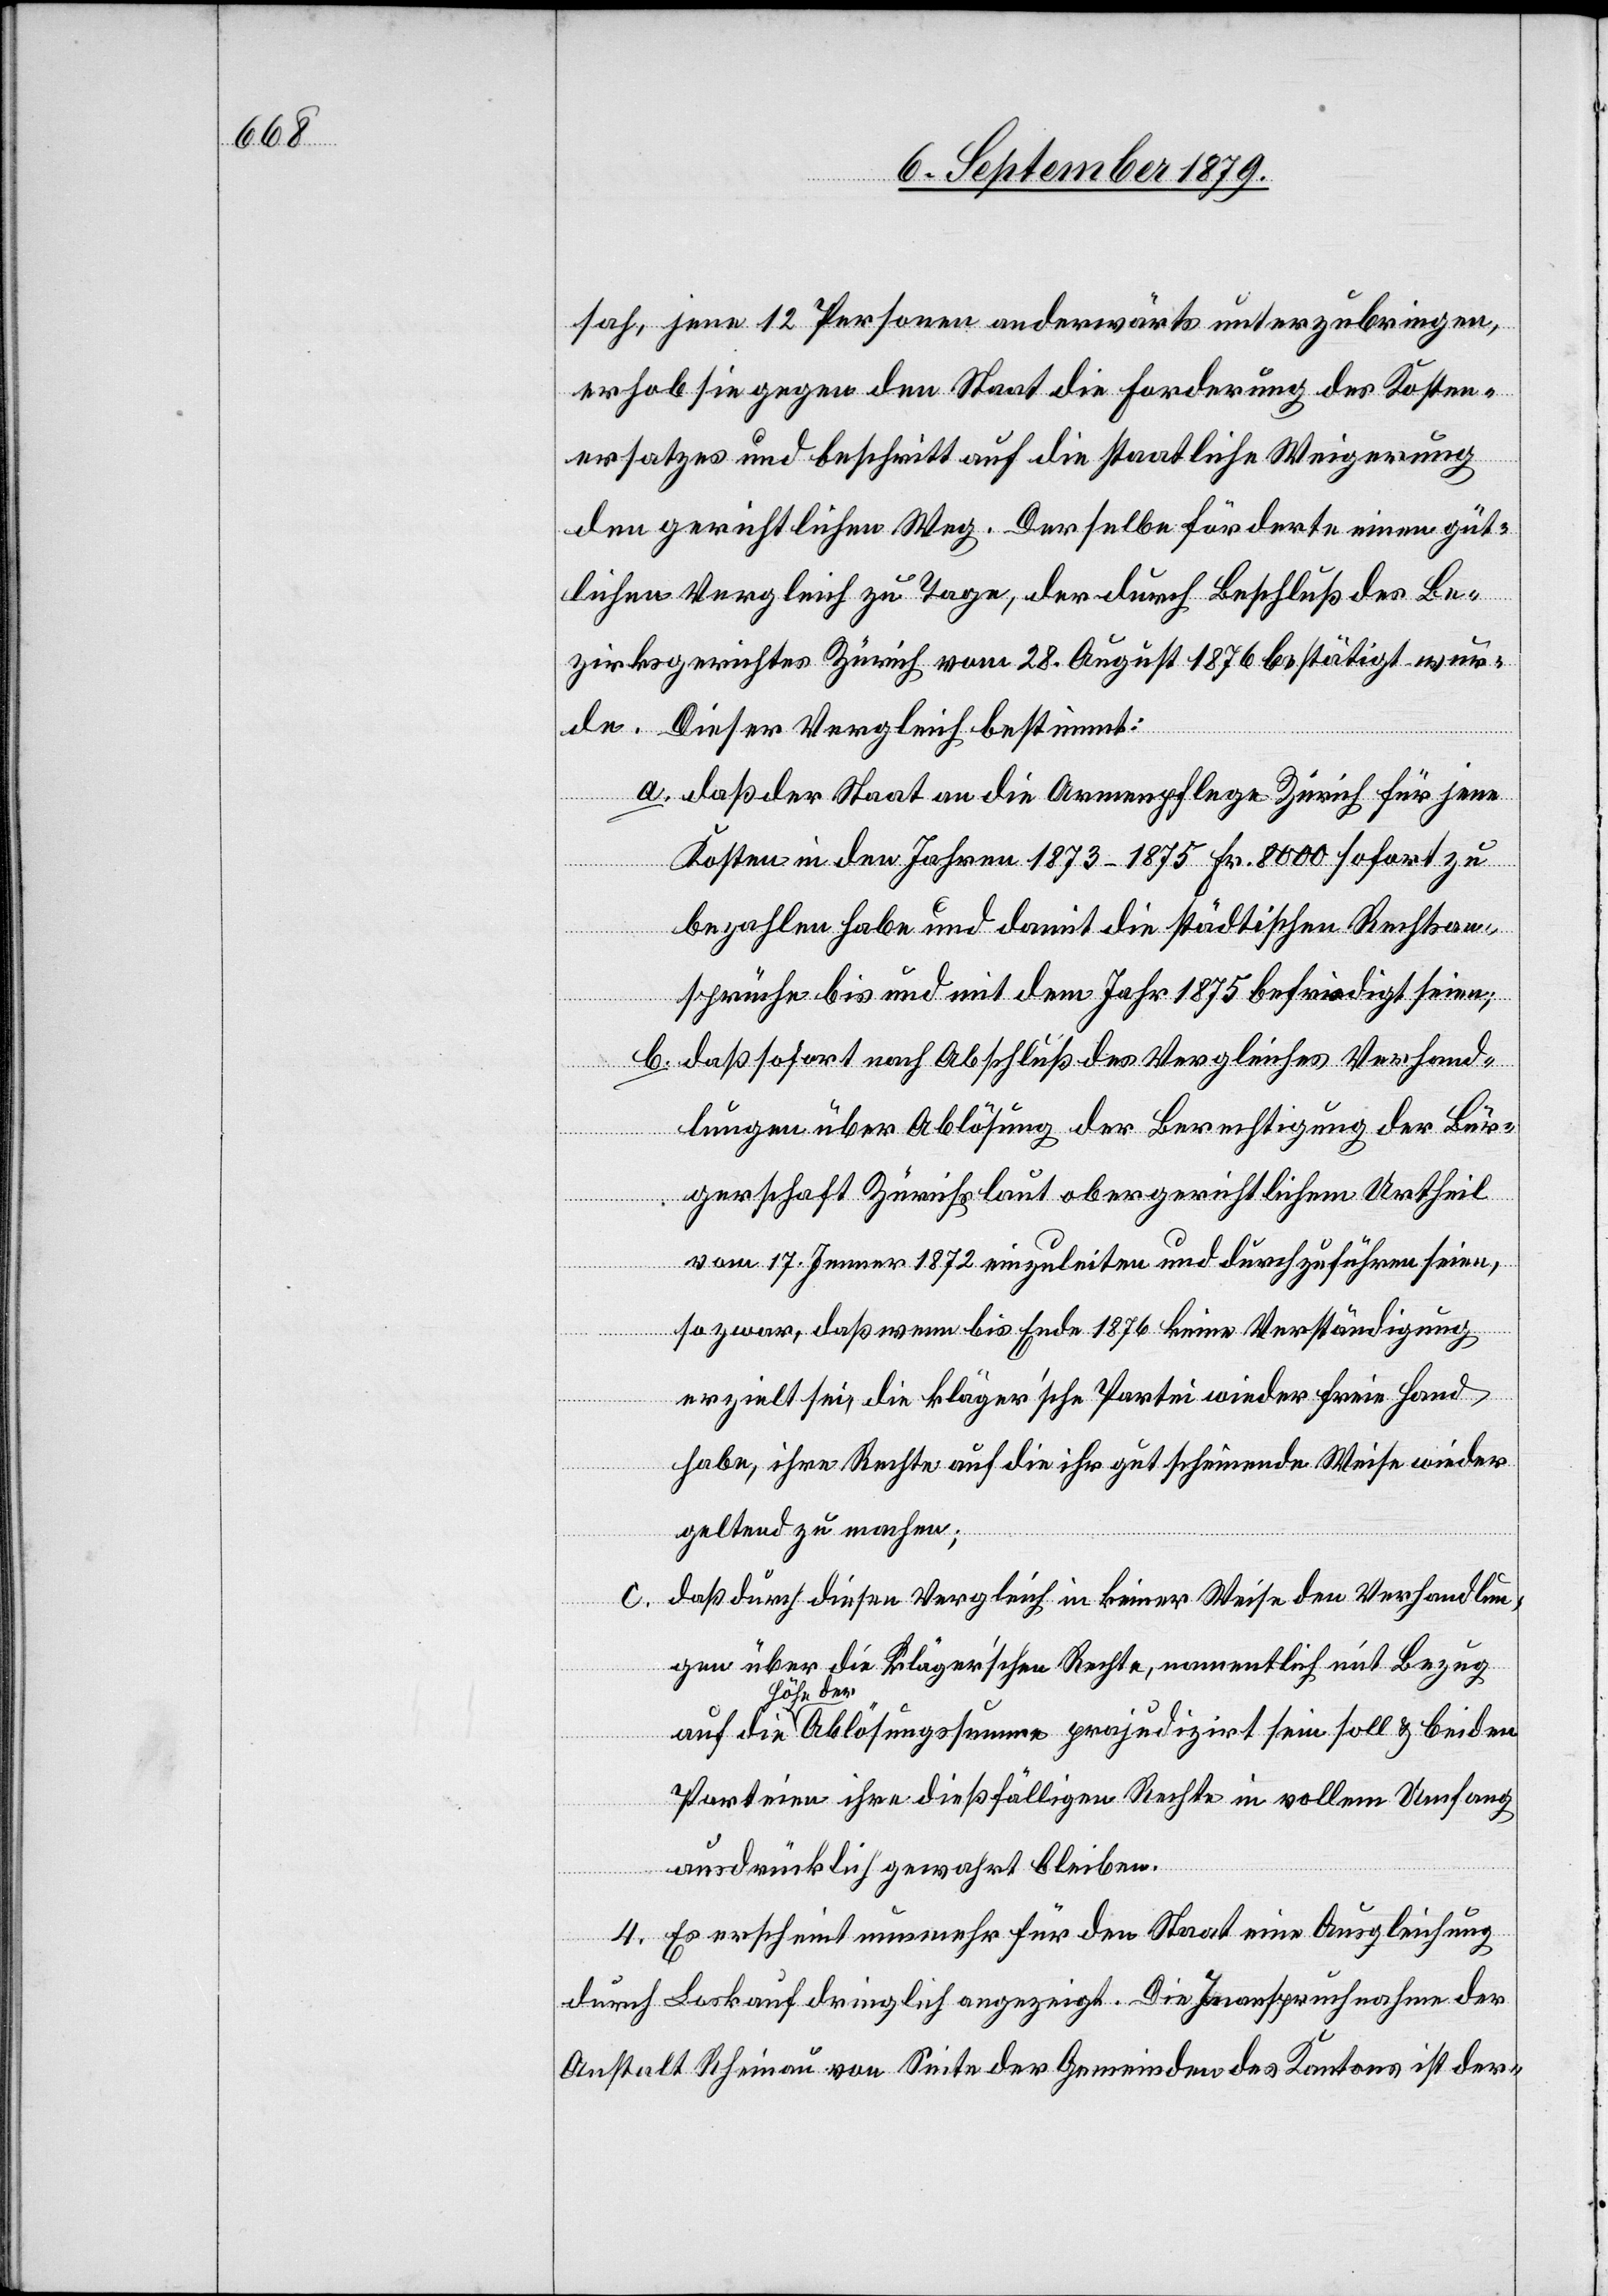
sah, jene 12 Personen anderwärts unterzubringen,
erhob sie gegen den Staat die Forderung des Kosten¬
der
ersatzes und beschritt auf die staatliche Weigerung
den gerichtlichen Weg. Derselbe förderte einen güt¬
lichen Vergleich zu Tage, der durch Beschluß des Be¬
zirksgerichtes Zürich vom 28. August 1876 bestätigt wur¬
de. Dieser Vergleich bestimmt:
a. daß der Staat an die Armenpflege Zürich für jene
Kosten in den Jahren 1873–1875 Fr. 8000 sofort zu
bezahlen habe und damit die städtischen Rechtsan¬
sprüche bis und mit dem Jahr 1875 befriedigt seien;
b. daß sofort nach Abschluß des Vergleiches Verhand¬
lungen über Ablösung der Berechtigung der Bür¬
gerschaft Zürichs laut obergerichtlichem Urtheil
vom 17. Jenner 1872 einzuleiten und durchzuführen seien,
so zwar, daß wenn bis Ende 1876 keine Verständigung
erzielt sei, die kläger’sche Partei wieder freie Hand
habe, ihre Rechte auf die ihr gut scheinende Weise wieder
beiden
geltend zu machen;
daß durch diesen Vergleich in keiner Weise den Verhandlun¬
gen über die kläger’schen Rechte, namentlich mit Bezug
soll
Parteien ihre dießfälligen Rechte in vollem Umfang
ausdrücklich gewahrt bleiben.
4. Es erscheint nunmehr für den Staat eine Ausgleichung
durch Loskauf dringlich angezeigt. Die Inanspruchnahme der
Anstalt Rheinau von Seite der Gemeinden des Kantons ist der-